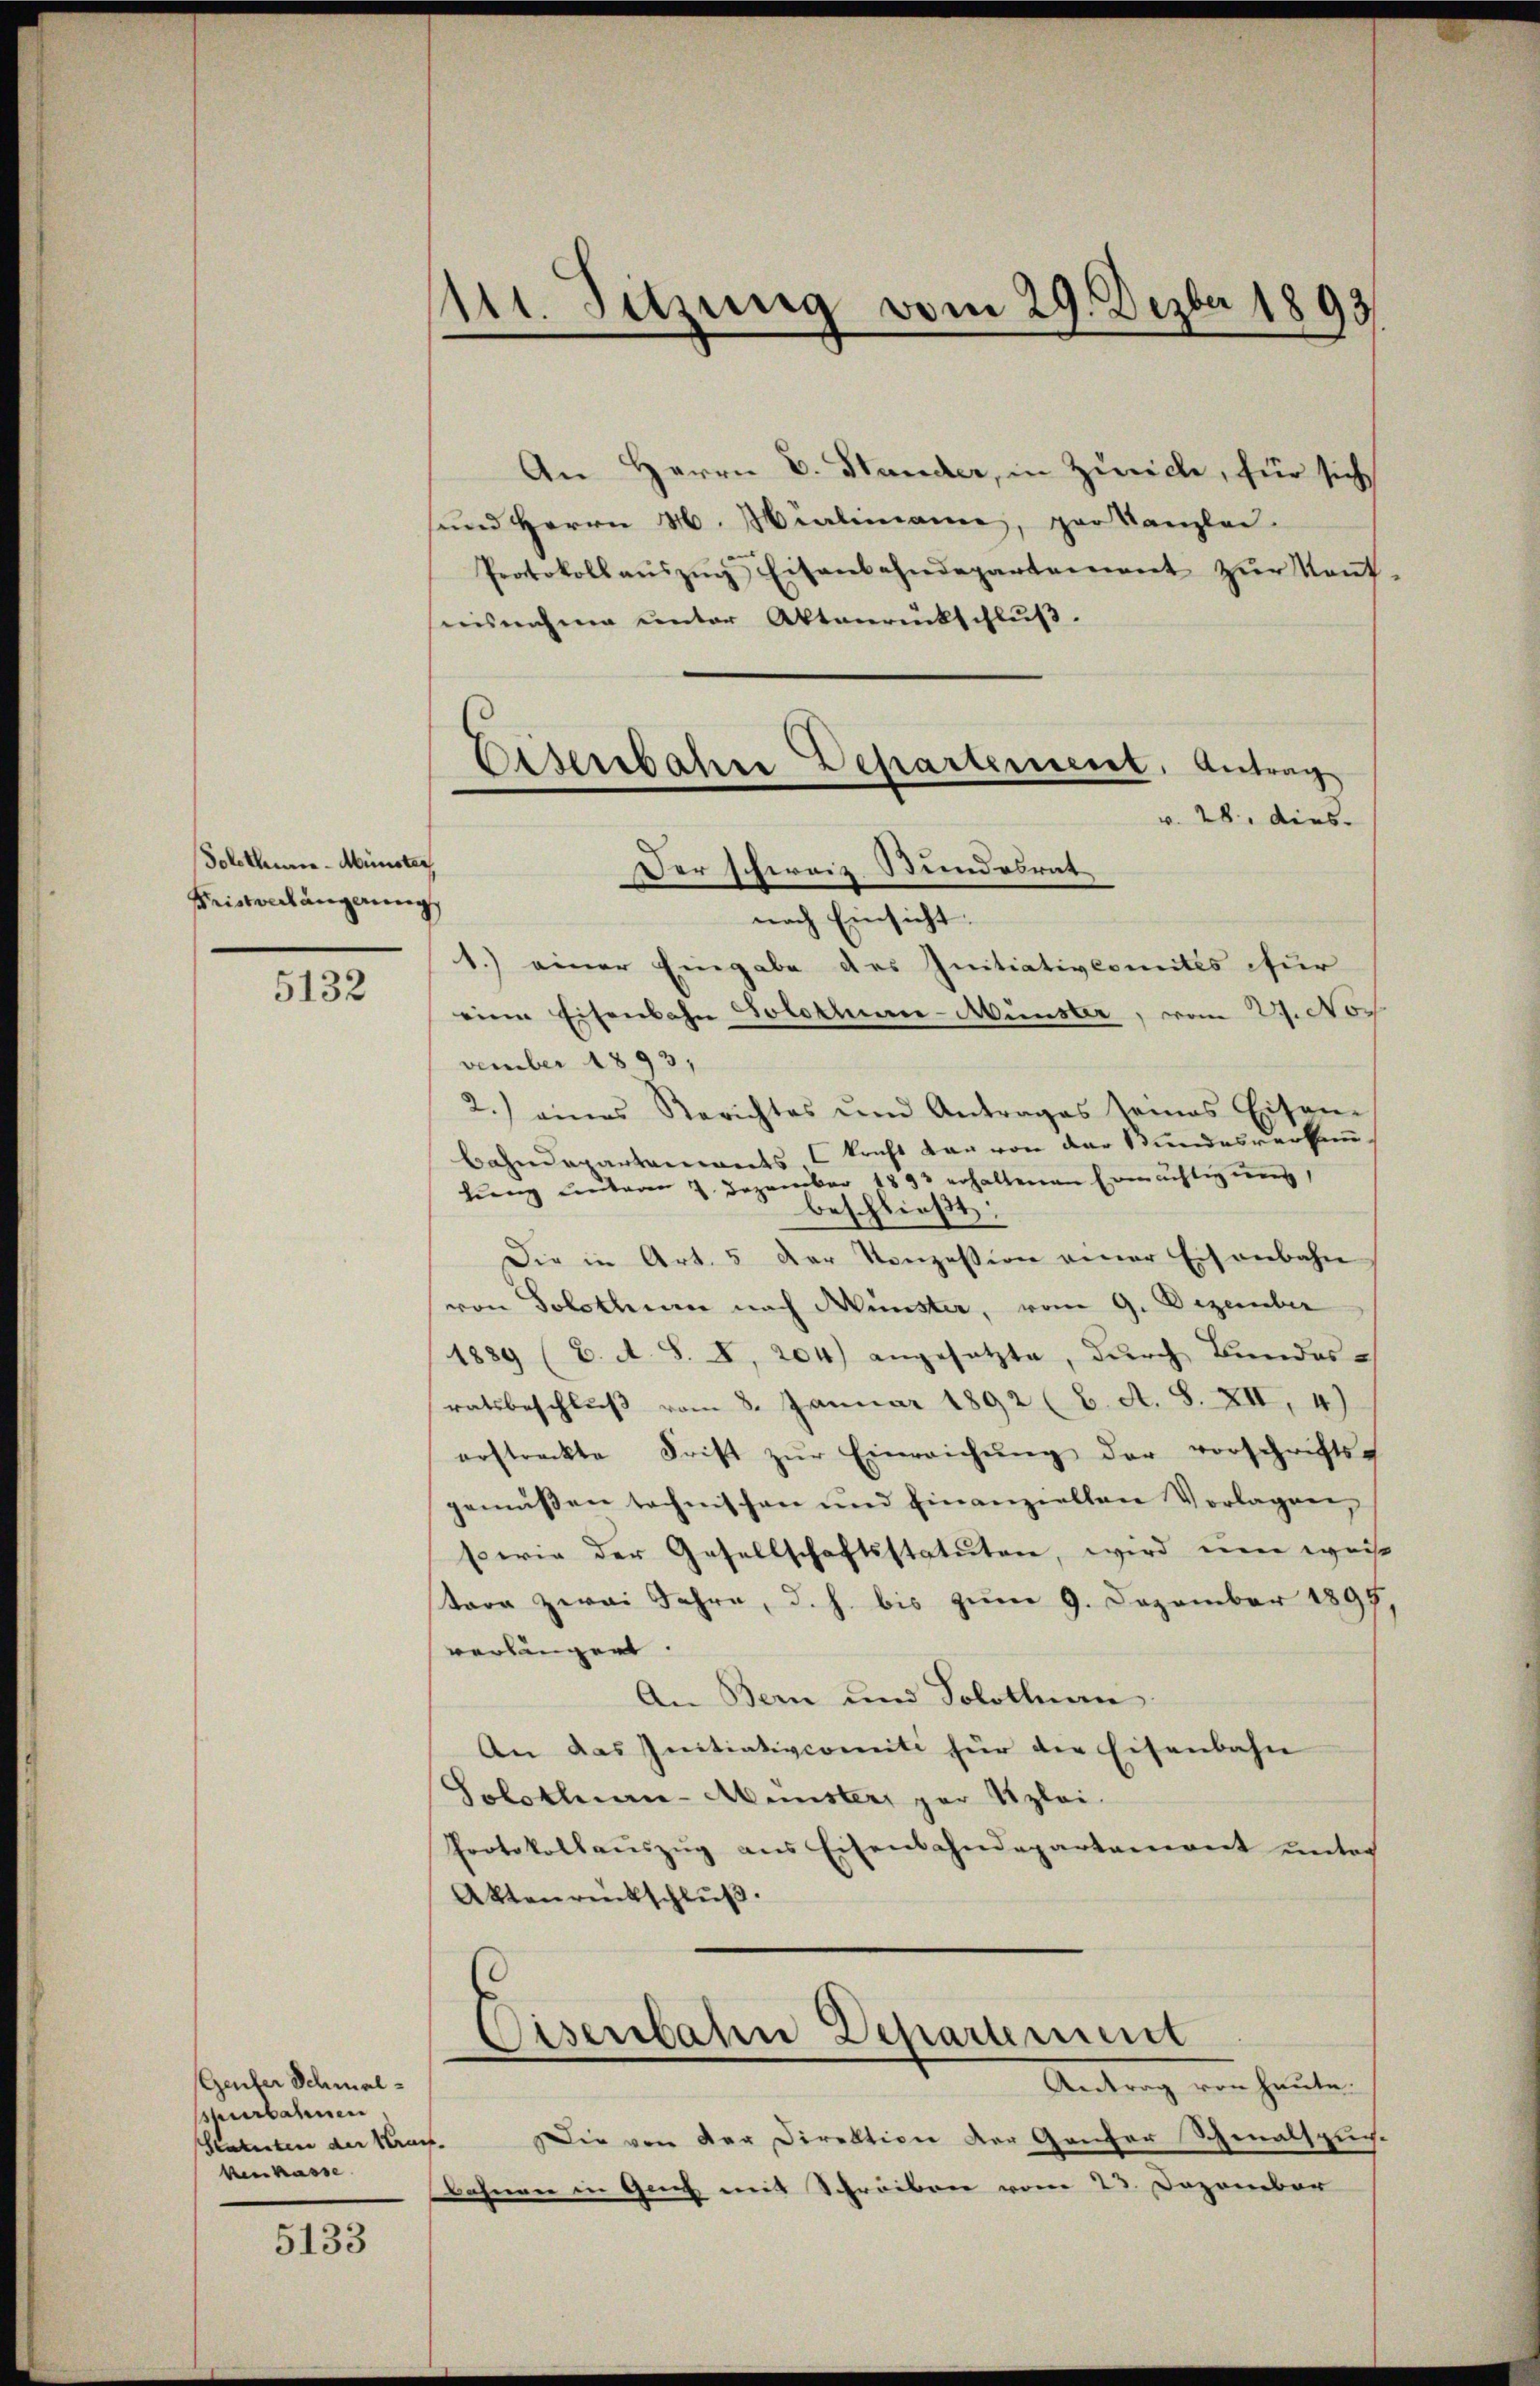
Solothure-Münster,
Meisterlängerung

5132

Geufer Schmal¬
Murbahnen
Statuten der Kran
kenkasse

5133

Mtt. Sitzung vom 29. Dezbr 1893

An Herrn C. Stander, in Zuricle, für sich
sund Herrn M. Hürlimanne, per Kanzlei
Protokoll aŭszŭg Eisenbahndepartement zŭr Kant
nisnahme unter Aktenrückschluß.
Der Schweiz. Stundesrat
nach Einsicht.
1.) einer Eingabe des Initiativkomites für
eine Eisenbahn Solothure-Münster, vom 29. Noc
vember 1893,
2.) eines Berichtes ŭm Antrages seines Eisen-
bahndepartenwarts kraft der von der Bundesverkann
lung unterm 2. Dezember 1893 erhaltenen Ermächtigung,
beschließt:
Die in Art. 5 der Konzession einer Eisenbahn
von Solothurn nach Münster, vom 9. Dezember
1889 (C. A. S. I, 204) angesetzte, durch Bundes-
ratsbeschluß vom 8. Januar 1892 (2. A. S. XII, 4)
erstreckte Frist zŭr Einreichŭng der vorschrifts-
gemüßen technischen und hinanziellen Vorlagen,
serie der Gesellschaftsstatuten, wird um weis
tare zwei Jahre, d. h. bis zum 9. Dezember 1899
verlängert.
An Bern und Solothurn
An das Initiativcomiti für die Eisenbahn
Solothurn-Münster, par Klei¬
Protokollaŭszŭg ans Eisenbahndepartement unter
Aktenrückschluß.
Eisenbahn Departement
Antrag von heute.
ie von der Direktion der Ganzer Schmalspuch-
bahnen in Gries mit Schreiben vom 23. Dezember

Eisenbahne Departement, Antrag
v. 28. dies